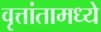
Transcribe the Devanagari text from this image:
वृत्तांतामध्ये